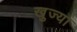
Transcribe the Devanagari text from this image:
खुज्या